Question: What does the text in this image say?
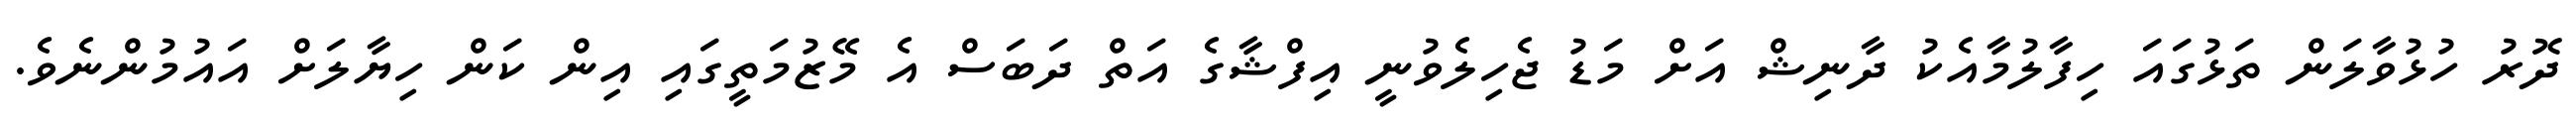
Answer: ދޮރު ހުޅުވާލަން ތަޅުގައަ ހިފާލުމާއެކު ދާނިޝް އަށް މަޑު ޖެހިލެވުނީ އިފްޝާގެ އަތް ދަބަސް އެ މޭޒުމަތީގައި އިން ކަން ހިޔާލަށް އައުމުންނެވެ.